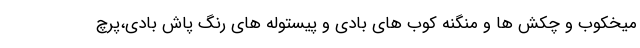
میخکوب و چکش ها و منگنه کوب های بادی و پیستوله های رنگ پاش بادی،پرچ